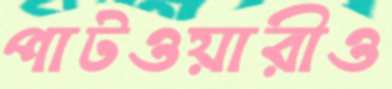
পাটওয়ারীও